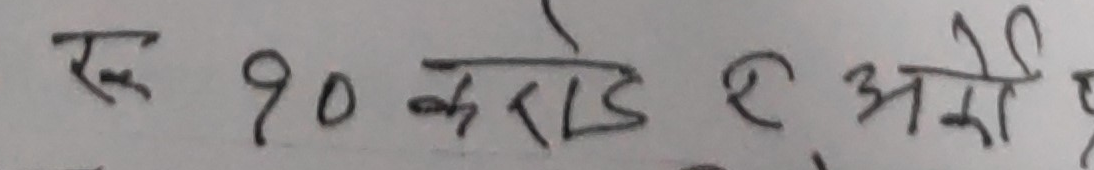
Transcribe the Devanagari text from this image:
रु १० करोड र अरब